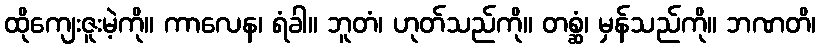
ထိုကျေးဇူးမဲ့ကို။ ကာလေန၊ ရံခါ။ ဘူတံ၊ ဟုတ်သည်ကို။ တစ္ဆံ၊ မှန်သည်ကို။ ဘဏတိ၊